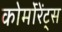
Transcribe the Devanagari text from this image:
कोर्मोरेंट्स